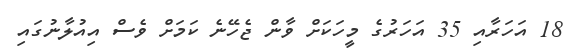
18 އަހަރާއި 35 އަހަރުގެ މީހަކަށް ވާން ޖެހޭނެ ކަމަށް ވެސް އިއުލާނުގައި